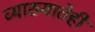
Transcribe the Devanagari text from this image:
व्याख्यातेही